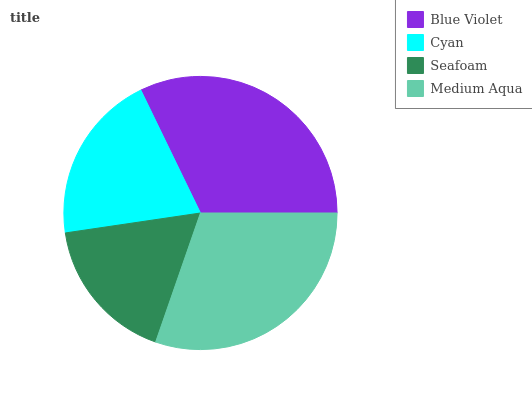
| Blue Violet | Cyan | Seafoam | Medium Aqua |
 | --- | --- | --- | --- |
 | 32.2% | 20.2% | 17.4% | 30.3% |